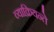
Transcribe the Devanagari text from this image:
व्याक्रियन्ते